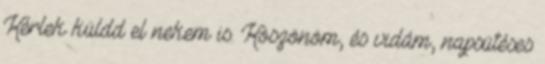
Kérlek küldd el nekem is. Köszönöm, és vidám, napsütéses